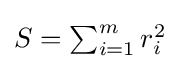
{\textstyle S=\sum _{i=1}^{m}r_{i}^{2}}